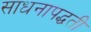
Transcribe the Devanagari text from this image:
साधनापद्धती